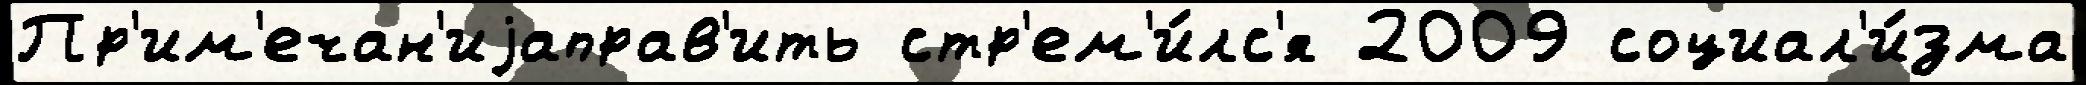
Пр'им'ечан'иjаправ'ить стр'ем'и́лс'я 2009 социал'и́зма